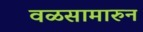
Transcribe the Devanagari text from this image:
वळसामारुन